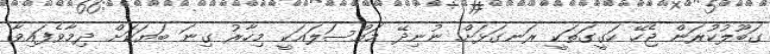
ގަބޫލުކުރަން ޖެހޭ ހަގީގަތަކީ ރަނގަޅަށް ނުނިދޭ މައްސަލައަކީ މިހާރު ގިނަ ބަޔަކަށް ދިމާވެފައިވާ